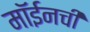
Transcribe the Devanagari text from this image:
मॉईनची